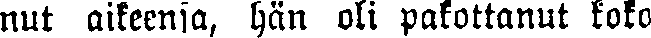
nut aikeensa, hän oli pakottanut koko